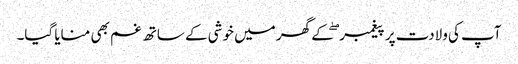
آپ کی ولادت پر پیغمبر ۖ کے گھر میں خوشی کے ساتھ غم بھی منایا گیا۔